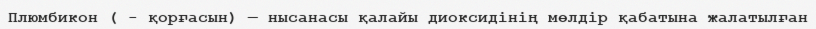
Плюмбикон ( - қорғасын) — нысанасы қалайы диоксидінің мөлдір қабатына жалатылған